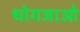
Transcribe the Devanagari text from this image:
थोगजाओ